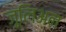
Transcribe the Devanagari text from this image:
जूलिअन